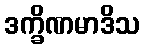
ဒက္ခိဏမာဒိသ